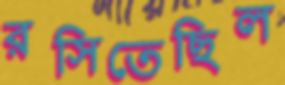
রসিতেছিল